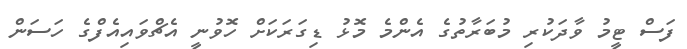
ފަސް ޓީމު ވާދަކުރި މުބަރާތުގެ އެންމެ މޮޅު ޑިގަރަކަށް ހޮވުނީ އެޗްވައިއެފްގެ ހަސަން